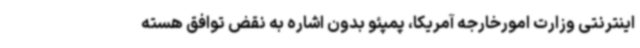
اینترنتی وزارت امورخارجه آمریکا، پمپئو بدون اشاره به نقض توافق هسته